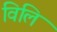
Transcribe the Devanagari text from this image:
विलि